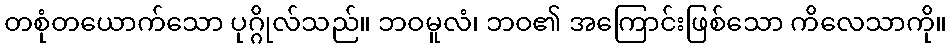
တစုံတယောက်သော ပုဂ္ဂိုလ်သည်။ ဘဝမူလံ၊ ဘဝ၏ အကြောင်းဖြစ်သော ကိလေသာကို။